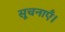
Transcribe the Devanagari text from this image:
सूचनाएँ।